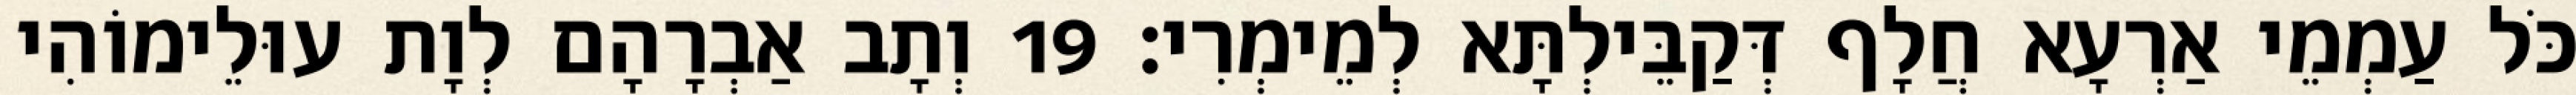
כֹּל עַמְמֵי אַרְעָא חֲלָף דְּקַבֵּילְתָּא לְמֵימְרִי׃ 19 וְתָב אַבְרָהָם לְוָת עוּלֵימוֹהִי